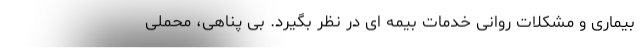
بیماری و مشکلات روانی خدمات بیمه ای در نظر بگیرد. بی پناهی، محملی